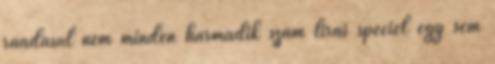
ráadásul nem minden harmadik szám lírai speciel egy sem